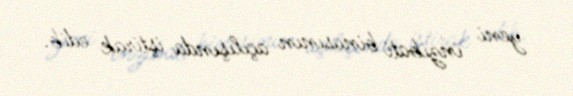
yeni inzibati binasının açılışında iştirak edib.